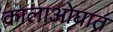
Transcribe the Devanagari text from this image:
कालाओघात